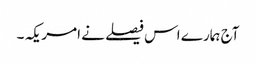
آج ہمارے اس فیصلے نے امریکہ ۔